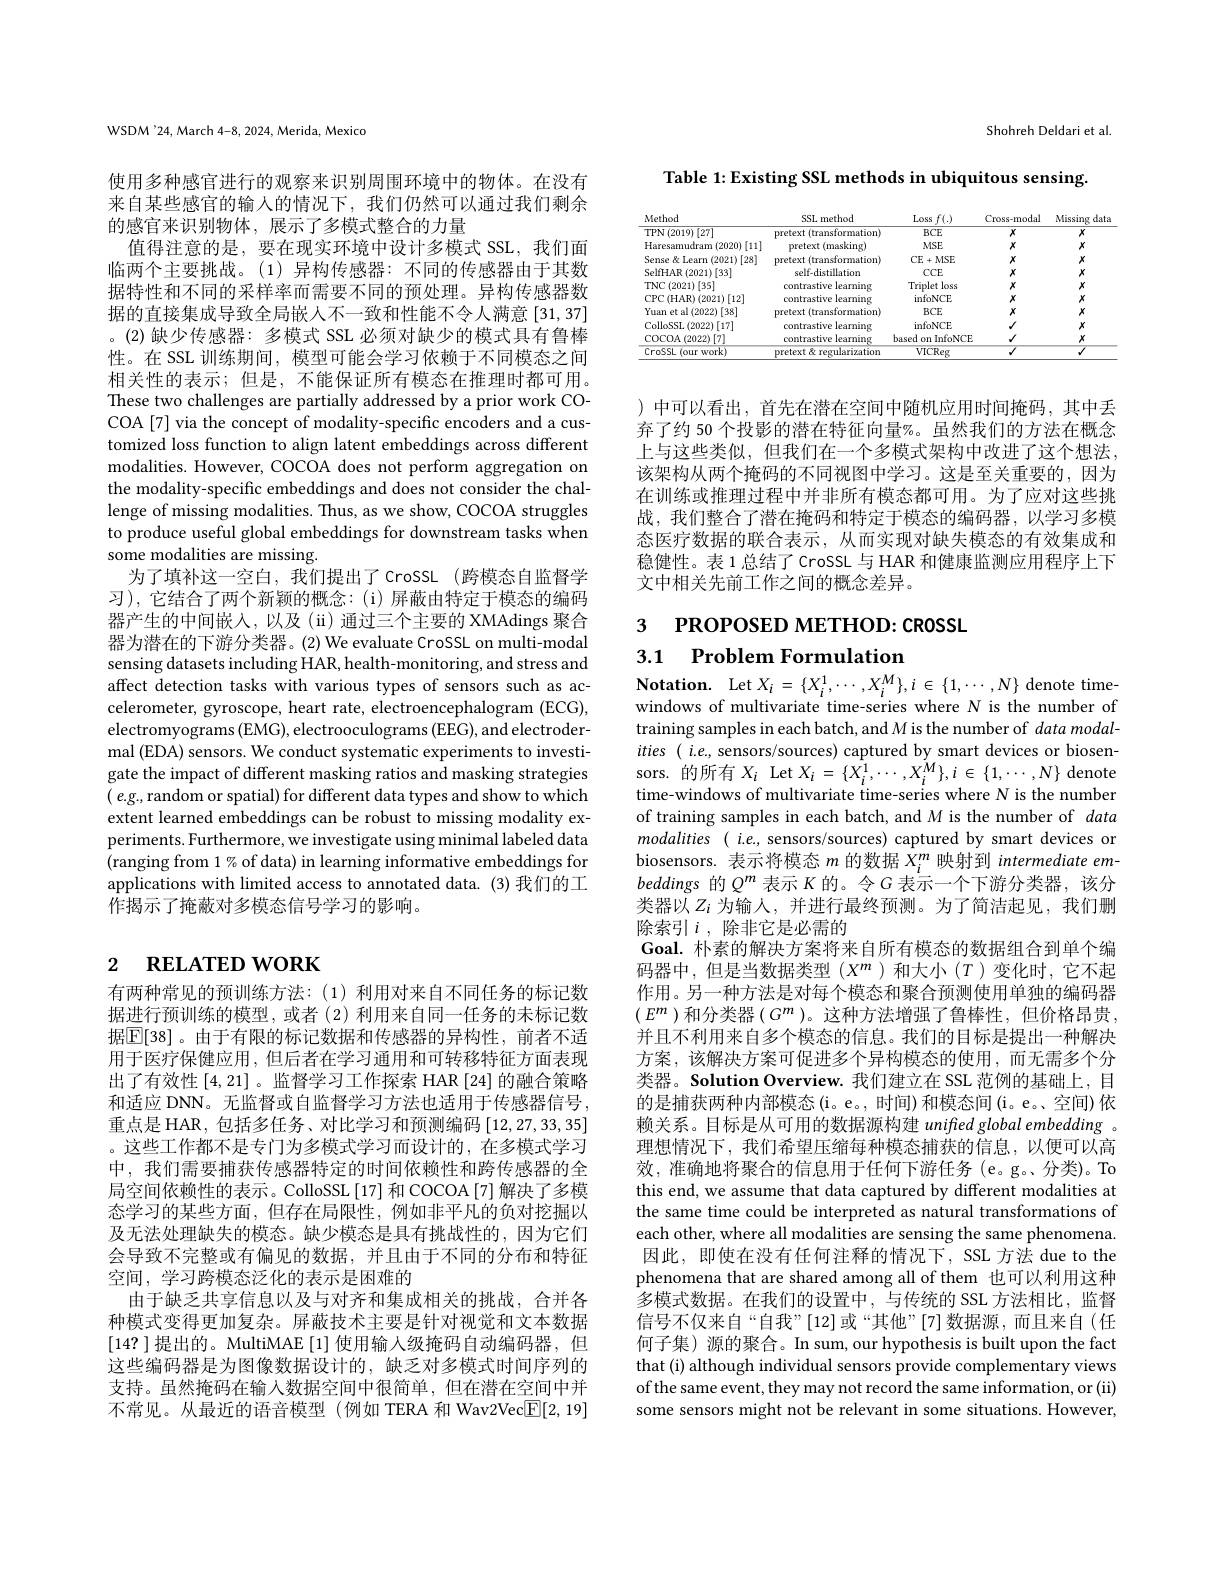
WSDM'24, March 4-8, 2024, Merida, Mexico

使用多种感官进行的观察来识别周围环境中的物体。在没有来自某些感官的输人的情况下，我们仍然可以通过我们剩余的感官来识别物体，展示了多模式整合的力量
值得注意的是，要在现实环境中设计多模式 SSL, 我们面临两个主要挑战。(1)异构传感器：不同的传感器由于其数据特性和不同的采样率而需要不同的预处理。异构传感器数据的直接集成导致全局嵌人不一致和性能不令人满意 [31,37] 。(2)缺少传感器：多模式 SSL 必须对缺少的模式具有鲁棒性。在 SSL 训练期间，模型可能会学习依赖于不同模态之间相关性的表示；但是，不能保证所有模态在推理时都可用。These two challenges are partially addressed by a prior work COCOA[7] via the concept of modality-specific encoders and a customized loss function to align latent embeddings across different modalities. However, COCOA does not perform aggregation on the modality-specific embeddings and does not consider the challenge of missing modalities. Thus, as we show, COCOA struggles to produce useful global embeddings for downstream tasks when some modalities are missing.
为了填补这一空白，我们提出了 CrossL (跨模态自监督学习),它结合了两个新颖的概念：(i)屏蔽由特定于模态的编码器产生的中间嵌入，以及(ii)通过三个主要的 XMAdings 聚合器为潜在的下游分类器。(2) We evaluate CroSSL on multi-modal sensing datasets including HAR, health-monitoring, and stress and affect detection tasks with various types of sensors such as accelerometer, gyroscope, heart rate, electroencephalogram (ECG), electromyograms (EMG), electrooculograms (EEG), and electrodermal (EDA) sensors. We conduct systematic experiments to investigate the impact of different masking ratios and masking strategies ( e.g., random or spatial) for different data types and show to which extent learned embeddings can be robust to missing modality experiments. Furthermore, we investigate using minimal labeled data (ranging from 1% of data) in learning informative embeddings for applications with limited access to annotated data. (3)我们的工作揭示了掩蔽对多模态信号学习的影响。

## 2 $\textbf{RELATED WORK}$

有两种常见的预训练方法：(1)利用对来自不同任务的标记数据进行预训练的模型，或者(2)利用来自同一任务的未标记数据$\mathbb{E}[38]$。由于有限的标记数据和传感器的异构性，前者不适用于医疗保健应用，但后者在学习通用和可转移特征方面表现出了有效性[4,21] 。监督学习工作探索 HAR [24]的融合策略和适应 DNN。无监督或自监督学习方法也适用于传感器信号， 重点是 HAR, 包括多任务、对比学习和预测编码[12,27,33,35] 。这些工作都不是专门为多模式学习而设计的，在多模式学习中，我们需要捕获传感器特定的时间依赖性和跨传感器的全局空间依赖性的表示。ColloSSL[17] 和 COCOA[7] 解决了多模态学习的某些方面，但存在局限性，例如非平凡的负对挖掘以及无法处理缺失的模态。缺少模态是具有挑战性的，因为它们会导致不完整或有偏见的数据，并且由于不同的分布和特征空间，学习跨模态泛化的表示是困难的
由于缺乏共享信息以及与对齐和集成相关的挑战，合并各种模式变得更加复杂。屏蔽技术主要是针对视觉和文本数据[14?]提出的。MultiMAE [1]使用输入级掩码自动编码器，但这些编码器是为图像数据设计的，缺乏对多模式时间序列的支持。虽然掩码在输入数据空间中很简单，但在潜在空间中并不常见。从最近的语音模型(例如 TERA 和 Wav2Vec$\underline{\mathrm{F}}[2,19]$

Shohreh Deldari et al

Table 1: Existing SSL methods in ubiquitous sensing.

<table>
	<tbody>
		<tr>
			<th>Method</th>
			<th>SSL method</th>
			<th>Loss</th>
			<th>Cross-modal</th>
			<th>Missing data</th>
		</tr>
		<tr>
			<td>TPN$\left ( 2019\right ) \left [ 27\right ]$</td>
			<td>pretext e (transformation)</td>
			<td>$BCE$</td>
			<td>$x$</td>
			<td>$X$</td>
		</tr>
		<tr>
			<td>$\operatorname{Haresamudram}\left(2020\right)\left[11\right]$</td>
			<td>pretext TI (masking)</td>
			<td>$MSE$</td>
			<td>$x$</td>
			<td>$X$</td>
		</tr>
		<tr>
			<td>Sense & Learn (2021)[28]</td>
			<td>pretext (transformation)</td>
			<td>$\mathbf{CE}+\mathbf{MSE}$</td>
			<td>$x$</td>
			<td>$X$</td>
		</tr>
		<tr>
			<td>SelfHAR $\mathbb{R}\left(2021\right)[33]$</td>
			<td>self-distillation</td>
			<td>$CCE$</td>
			<td>$x$</td>
			<td>$X$</td>
		</tr>
		<tr>
			<td>$TNC$ ${\mathcal{C}}\left(2021\right)[35]$</td>
			<td>contrastive learning</td>
			<td>Triplet loss</td>
			<td>$x$</td>
			<td>$X$</td>
		</tr>
		<tr>
			<td>$\operatorname{CPC}\left(\mathrm{HAR}\right)\left(2021\right)\left[12\right]$</td>
			<td>contrastive learming</td>
			<td>infoNCE</td>
			<td>$x$</td>
			<td>$X$</td>
		</tr>
		<tr>
			<td>Yuan et al (2022)[38]</td>
			<td>pretext (transformation)</td>
			<td>$BCE$</td>
			<td>$x$</td>
			<td>$X$</td>
		</tr>
		<tr>
			<td>$\operatorname{ColloSSL}\left(2022\right)\left[17\right]$</td>
			<td>contrastive learning</td>
			<td>infoNCE</td>
			<td>$√$</td>
			<td>$X$</td>
		</tr>
		<tr>
			<td>$\operatorname{COCOA}\left(2022\right)[7]$</td>
			<td>contrastive learming</td>
			<td>based on InfoNCE</td>
			<td>$√$</td>
			<td>$X$</td>
		</tr>
		<tr>
			<td>CroSSL (our work)</td>
			<td>pretext & regularization</td>
			<td>${\mathrm{VICReg}}$</td>
			<td>$\sqrt{1}$</td>
			<td>$\sqrt{1}$</td>
		</tr>
	</tbody>
</table>

)中可以看出，首先在潜在空间中随机应用时间掩码，其中丢弃了约 50 个投影的潜在特征向量%。虽然我们的方法在概念上与这些类似，但我们在一个多模式架构中改进了这个想法， 该架构从两个掩码的不同视图中学习。这是至关重要的，因为在训练或推理过程中并非所有模态都可用。为了应对这些挑战，我们整合了潜在掩码和特定于模态的编码器，以学习多模态医疗数据的联合表示，从而实现对缺失模态的有效集成和稳健性。表 1 总结了 CroSSL 与 HAR 和健康监测应用程序上下文中相关先前工作之间的概念差异。

3 PROPOSED METHOD: CROSSL

# 3.1 Problem Formulation

$\textbf{Notation. Let }X_{i}= \{ X_{i}^{1}, \cdots , X_{i}^{M}\} , i\in \{ 1, \cdots , N\}$denote timewindows of multivariate time-series where N is the number of training samples in each batch, and M is the number of data modalities ( i.e., sensors/sources) captured by smart devices or biosensors. 的所有$X_i$ Let $X_i=\{X_i^1,\cdots,X_i^M\},i\in\{1,\cdots,N\}$ denote time-windows of multivariate time-series where N is the number of training samples in each batch, and M is the number of data $modalities($ i.e, sensors/sources) captured by smart devices or biosensors. 表示将模态$m$的数据$X_i^m$映射到 intermediate em beddings 的$Q^m$ 表示 K 的。令$G$ 表示一个下游分类器，该分类器以$Z_i$ 为输人，并进行最终预测。为了简洁起见，我们删除索引$i$, 除非它是必需的
Goal. 朴素的解决方案将来自所有模态的数据组合到单个编$码器中，但是当数据类型(X^m)和大小(T)变化时，它不起$ 作用。另一种方法是对每个模态和聚合预测使用单独的编码器$(E^m)$ 和分类器 $(G^m)$。这种方法增强了鲁棒性，但价格昂贵， 并且不利用来自多个模态的信息。我们的目标是提出一种解决方案，该解决方案可促进多个异构模态的使用，而无需多个分类器。Solution Overview. 我们建立在 SSL 范例的基础上，目的是捕获两种内部模态(i。e。, 时间) 和模态间 (i。e。、空间) 依赖关系。目标是从可用的数据源构建 unifted global embedding 。理想情况下，我们希望压缩每种模态捕获的信息，以便可以高效，准确地将聚合的信息用于任何下游任务(e。g。分类)。To this end, we assume that data captured by different modalities at the same time could be interpreted as natural transformations of each other, where all modalities are sensing the same phenomena. 因此，即使在没有任何注释的情况下，SSL 方法 due to the phenomena that are shared among all of them 也可以利用这种多模式数据。在我们的设置中，与传统的 SSL 方法相比，监督信号不仅来自“自我”[12]或“其他”[7]数据源，而且来自(任何子集) 源的聚合。In sum, our hypothesis is built upon the fact that (i) although individual sensors provide complementary views of the same event, they may not record the same information, or (ii) some sensors might not be relevant in some situations. However,